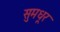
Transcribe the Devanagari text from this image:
सुमधूर